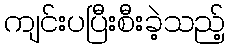
ကျင်းပပြီးစီးခဲ့သည့်